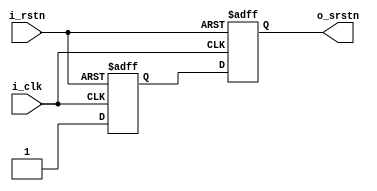

module rstn_sync(
    input   i_clk     ,
    input   i_rstn    ,
    output  o_srstn
);

reg r_dffr1;
reg r_dffr2;

always @ ( posedge i_clk or negedge i_rstn) begin
    if(~i_rstn) begin
        r_dffr1<= 1'b0;
    end
    else begin
        r_dffr1 <= 1'b1;
    end
end

always @ ( posedge i_clk or negedge i_rstn) begin
    if(~i_rstn) begin
        r_dffr2<= 1'b0;
    end
    else begin
        r_dffr2 <= r_dffr1;
    end
end

assign o_srstn = r_dffr2;

endmodule